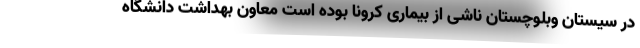
در سیستان وبلوچستان ناشی از بیماری کرونا بوده است معاون بهداشت دانشگاه